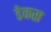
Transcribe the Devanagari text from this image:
डेकस